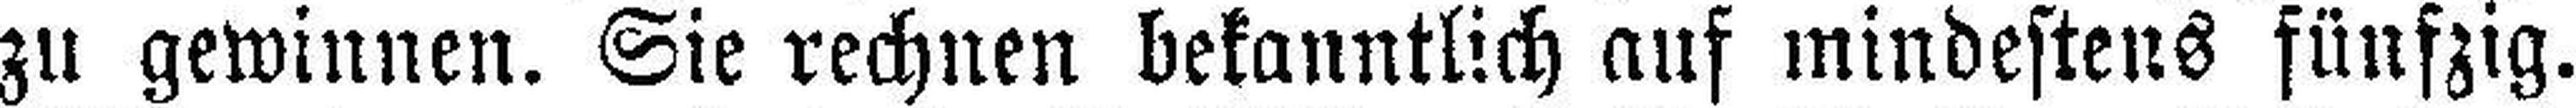
zu gewinnen. Sie rechnen bekanntlich auf mindestens fünfzig.